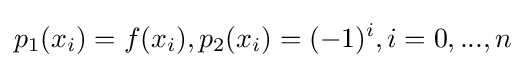
p_{1}(x_{i})=f(x_{i}),p_{2}(x_{i})=(-1)^{i},i=0,...,n